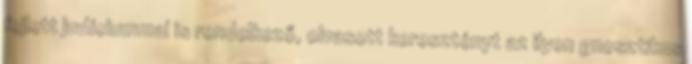
fejlett ju­díciummal is rendelkező, olvasott keresztényt az ilyen gnoszti­kus